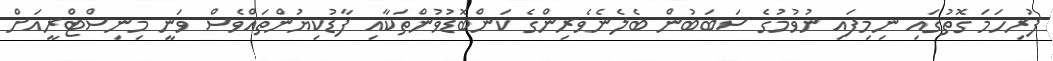
ފުރިހަމަ ގޮތުގައި ނިމިފައި ނުވުމުގެ ސަބަބުން ބެލެނެވެރިންގެ ކަންބޮޑުވުންތަކާއި ފާޑުކިޔުންތައްވެސް ވަނީ މިނިސްޓްރީއަށް